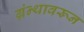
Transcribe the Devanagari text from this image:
ग्रंन्थावरून